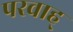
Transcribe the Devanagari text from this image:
परवाह्